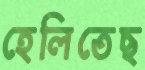
হেলিতেছ